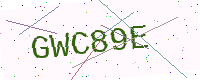
Text: GWC89E